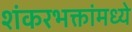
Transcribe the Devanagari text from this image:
शंकरभक्तांमध्ये